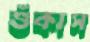
শুঁকাস